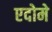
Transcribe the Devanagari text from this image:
एदोमे